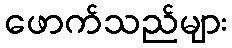
ဖောက်သည်များ